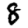
Digit: 8